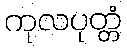
ကုလပုတ္တံ